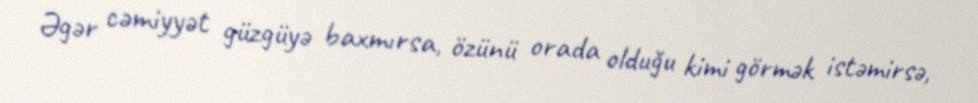
Əgər cəmiyyət güzgüyə baxmırsa, özünü orada olduğu kimi görmək istəmirsə,